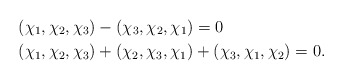
\begin{align*} &(\chi_1,\chi_2,\chi_3)- (\chi_3,\chi_2, \chi_1) =0 \\ &(\chi_1,\chi_2,\chi_3)+(\chi_2,\chi_3,\chi_1)+(\chi_3,\chi_1,\chi_2)=0.\end{align*}